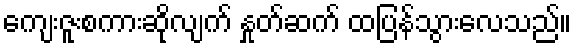
ကျေးဇူးစကားဆိုလျက် နှုတ်ဆက် ထပြန်သွားလေသည်။